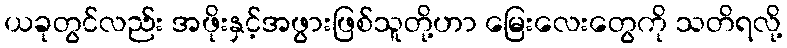
ယခုတွင်လည်း အဖိုးနှင့်အဖွားဖြစ်သူတို့ဟာ မြေးလေးတွေကို သတိရလို့